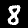
Digit: 8